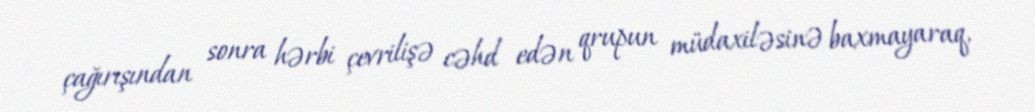
çağırışından sonra hərbi çevrilişə cəhd edən qrupun müdaxiləsinə baxmayaraq,